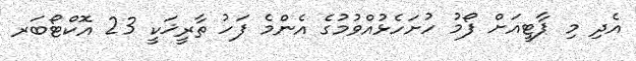
އެދި މި ޕާޓީއަށް ފޯމު ހުށަހެޅުއްވުމުގެ އެންމެ ފަހު ތާރީޚަކީ 23 އޮކްޓޯބަރ